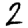
Digit: 2